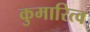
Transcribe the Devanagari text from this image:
कुमारित्व